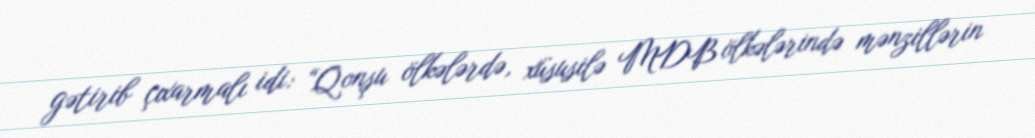
gətirib çıxarmalı idi: “Qonşu ölkələrdə, xüsusilə MDB ölkələrində mənzillərin